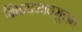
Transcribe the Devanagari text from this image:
क्षिप्रप्रसादसुलभ